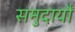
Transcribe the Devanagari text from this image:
समुदायौं